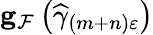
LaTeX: \mathbf{g}_{\mathcal{F}}\left(\widehat{\gamma}_{\left(m+n\right)\varepsilon}\right)